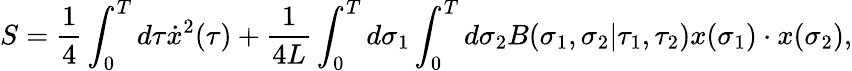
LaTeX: S={\frac{1}{4}}\int_{0}^{T}d\tau\dot{x}^{2}(\tau)+{\frac{1}{4L}}\int_{0}^{T}d\sigma_{1}\int_{0}^{T}d\sigma_{2}B(\sigma_{1},\sigma_{2}|\tau_{1},\tau_{2})x(\sigma_{1})\cdot x(\sigma_{2}),